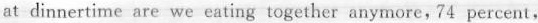
a! dinnertime are we eating together anymore,74 percent,